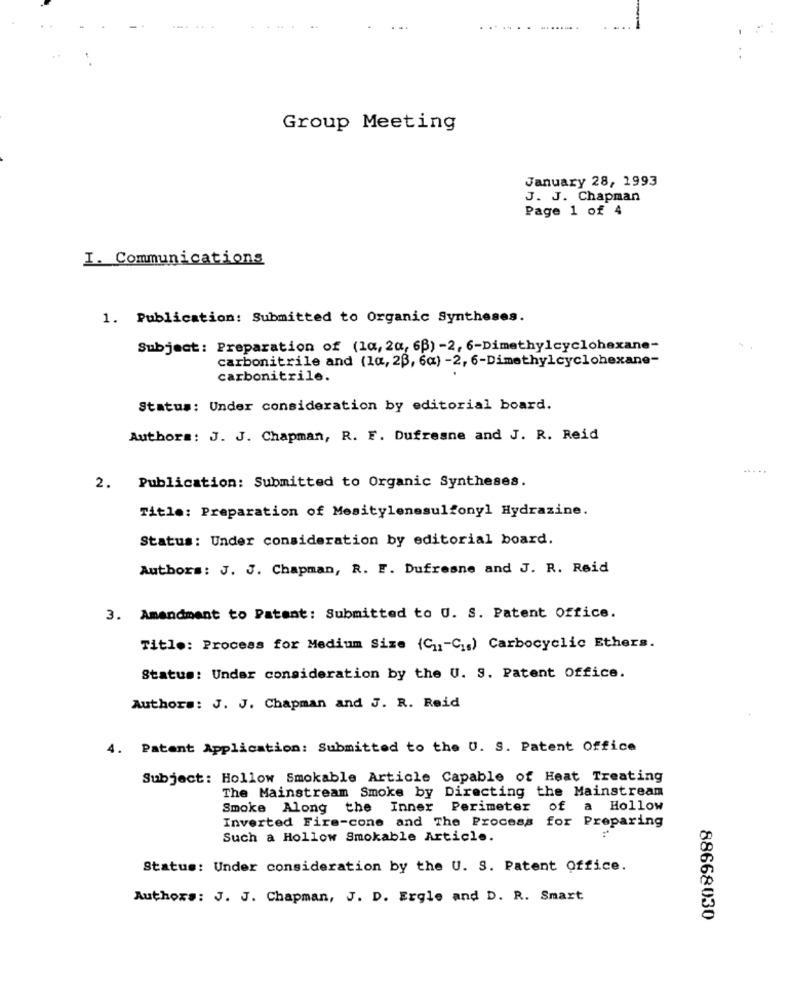
. ..
Group Meeting
January 28, 1993
J. J. Chapman
Page 1 of 4
I. Communications
1. Publication: Submitted to Organic Syntheses.
Subject: Preparation of (10, 20, 6B) -2, 6-Dimethylcyclohexane-
carbonitrile and (la, 23, 6a) -2, 6-Dimethylcyclohexane-
carbonitrile.
Status: Under consideration by editorial board.
Authors: J. J. Chapman, R. F. Dufresne and J. R. Reid
2. Publication: Submitted to Organic Syntheses.
Title: Preparation of Mesitylenesulfonyl Hydrazine.
Status: Under consideration by editorial board.
Authors: J. J. Chapman, R. F. Dufresne and J. R. Reid
3. Amendment to Patent: Submitted to U. S. Patent Office.
Title: Process for Medium Size (C1-C1s) Carbocyclic Ethers.
Status: Under consideration by the U. S. Patent Office.
Authors: J. J. Chapman and J. R. Reid
4.
Patent Application: Submitted to the U. S. Patent Office
Subject: Hollow Smokable Article Capable of Heat Treating
The Mainstream Smoke by Directing the Mainstream
Smoke Along the Inner Perimeter of a Hollow
Inverted Fire-cone and The Process for Preparing
Such a Hollow Smokable Article.
Status: Under consideration by the U. S. Patent Office.
Authors: J. J. Chapman, J. D. Ergle and D. R. Smart
88668030